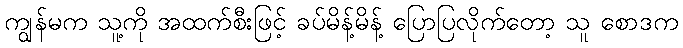
ကျွန်မက သူ့ကို အထက်စီးဖြင့် ခပ်မိန့်မိန့် ပြောပြလိုက်တော့ သူ စောဒက